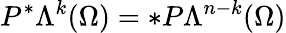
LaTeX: P^{\ast}\Lambda^{k}(\Omega)=\ast P\Lambda^{n-k}(\Omega)